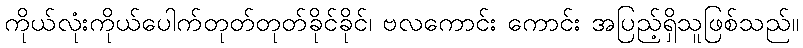
ကိုယ်လုံးကိုယ်ပေါက်တုတ်တုတ်ခိုင်ခိုင်၊ ဗလကောင်း ကောင်း အပြည့်ရှိသူဖြစ်သည်။